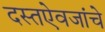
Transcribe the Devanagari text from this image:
दस्तऐवजांचे